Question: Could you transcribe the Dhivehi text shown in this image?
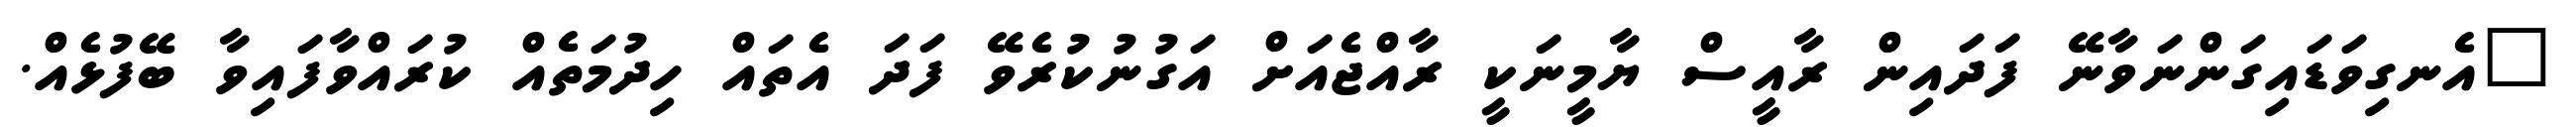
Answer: "އެނގިވަޑައިގަންނަވާނޭ ފަދައިން ރާއީސް ޔާމީނަކީ ރާއްޖެއަށް އަގުނުކުރެވޭ ފަދަ އެތައް ހިދުމަތެއް ކުރައްވާފައިވާ ބޭފުޅެއް.